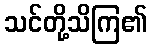
သင်တို့သိကြ၏